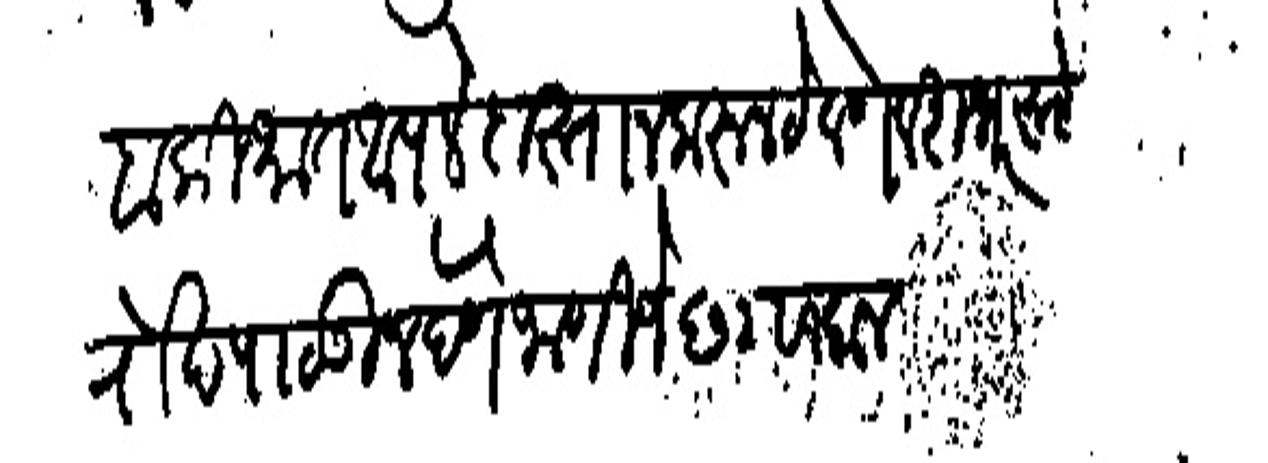
Transliteration (Devanagari): बाकी भात आपले दास्तान करून ठेवणे व शभर रूये रोख पाठवून देणे जाणीजे छ२ साबान